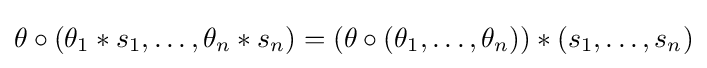
\theta \circ (\theta _{1}*s_{1},\ldots ,\theta _{n}*s_{n})=(\theta \circ (\theta _{1},\ldots ,\theta _{n}))*(s_{1},\ldots ,s_{n})